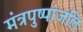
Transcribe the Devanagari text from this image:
मंत्रपुष्पांजलि